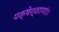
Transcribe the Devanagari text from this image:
यक्षेश्वराणां।।